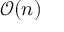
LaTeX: { \mathcal { O } } ( n )